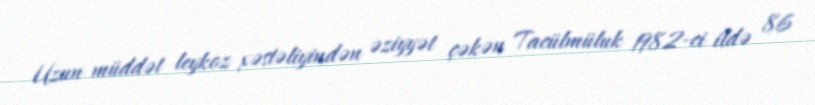
Uzun müddət leykoz xəstəliyindən əziyyət çəkən Tacülmüluk 1982-ci ildə 86